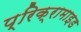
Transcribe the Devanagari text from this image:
प्रिक्रामाइड